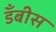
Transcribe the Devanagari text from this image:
डँबीस